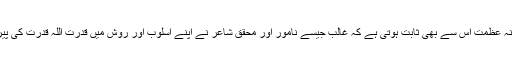
آپ کی شاعرانہ عظمت اس سے بھی ثابت ہوتی ہے کہ غالب جیسے نامور اور محقق شاعر نے اپنے اسلوب اور روش میں قدرت اللہ قدرت کی پیروی کی ہے ۔